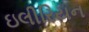
ઇલીરિયન